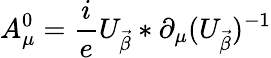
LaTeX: A_{\mu}^{0}=\frac{i}{e}U_{\vec{\beta}}*\partial_{\mu}(U_{\vec{\beta}})^{-1}